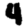
Digit: 4